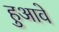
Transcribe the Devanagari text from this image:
हुआवे